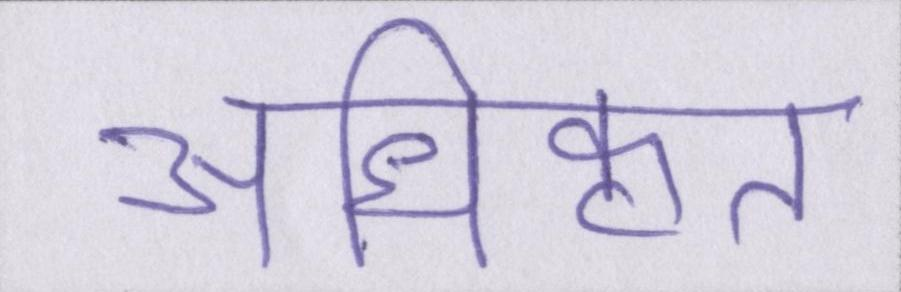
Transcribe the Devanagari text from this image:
अधिकृत